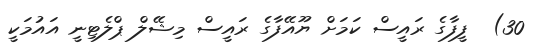
30)  ފީފާގެ ރައީސް ކަމަށް ޔޫއޭފާގެ ރައީސް މިޝޭލް ޕްލެޓިނީ އައުމަކީ